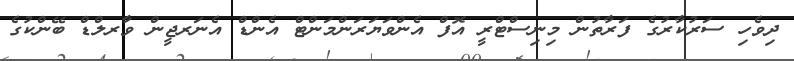
ދިވެހި ސަރުކާރުގެ ފަރާތުން މިނިސްޓްރީ އޮފް އެންވަޔަރަންމަންޓް އެންޑް އެނަރޖީން ވާރލްޑް ބޭންކުގެ